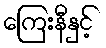
ကြေးနီနှင့်